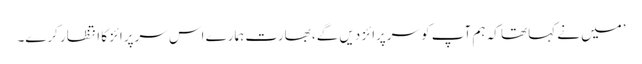
’میں نے کہا تھا کہ ہم آپ کو سرپرائز دیں گے، بھارت ہمارے اس سرپرائز کا انتظار کرے۔